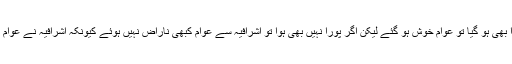
عوام نے کبھی خواص سے کوئی مطالبہ نہیں کیا اور اگر کبھی کیا بھی اور خوش قسمتی سے وہ پورا بھی ہو گیا تو عوام خوش ہو گئے لیکن اگر پورا نہیں بھی ہوا تو اشرافیہ سے عوام کبھی ناراض نہیں ہوئے کیونکہ اشرافیہ نے عوام کو اپنے جال میں اس قدر جکڑ رکھا تھا کہ عوام کے لیے اشرافیہ کی خوشنودی ہی ہمیشہ مقدم رہی ۔